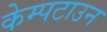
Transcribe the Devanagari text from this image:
केम्पटाउन